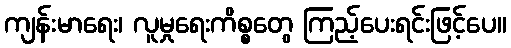
ကျန်းမာရေး၊ လူမှုရေးကိစ္စတွေ ကြည့်ပေးရင်းဖြင့်ပေ။